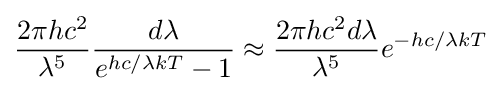
{\frac {2\pi hc^{2}}{\lambda ^{5}}}{\frac {d\lambda }{e^{hc/\lambda kT}-1}}\approx {\frac {2\pi hc^{2}d\lambda }{\lambda ^{5}}}e^{-hc/\lambda kT}